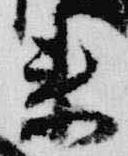
来